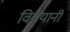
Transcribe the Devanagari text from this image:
विवयानी